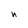
Character: n